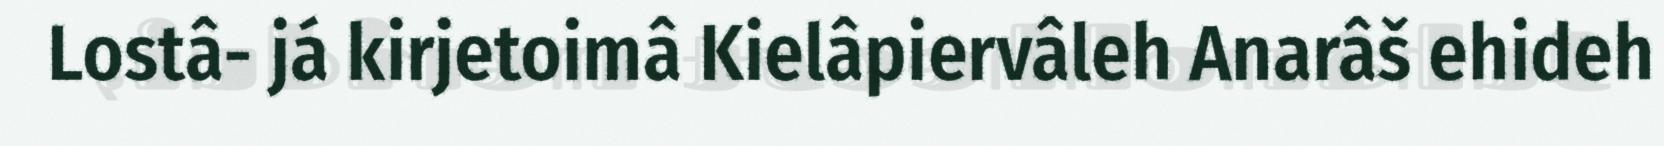
Lostâ- já kirjetoimâ Kielâpiervâleh Anarâš ehideh